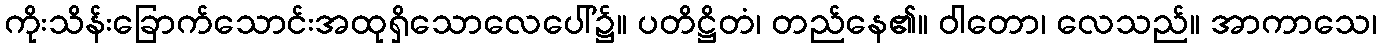
ကိုးသိန်းခြောက်သောင်းအထုရှိသောလေပေါ်၌။ ပတိဋ္ဌိတံ၊ တည်နေ၏။ ဝါတော၊ လေသည်။ အာကာသေ၊